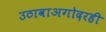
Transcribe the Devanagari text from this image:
उठावाअगोदरही